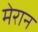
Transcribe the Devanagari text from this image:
मेरान